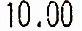
10.00